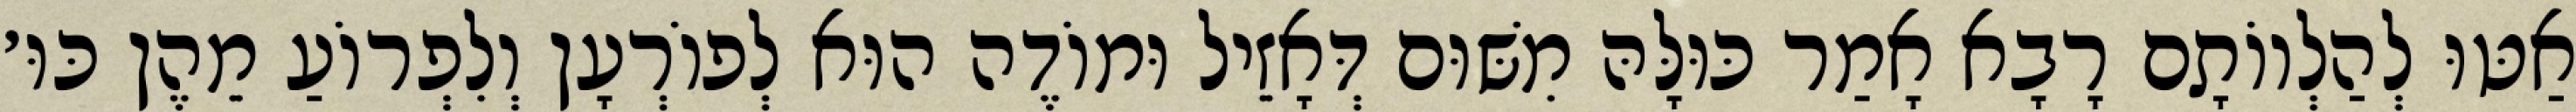
אַטּוּ לְהַלְווֹתָם רָבָא אָמַר כּוּלָּהּ מִשּׁוּם דְּאָזֵיל וּמוֹדֶה הוּא לְפוֹרְעָן וְלִפְרוֹעַ מֵהֶן כּוּ׳